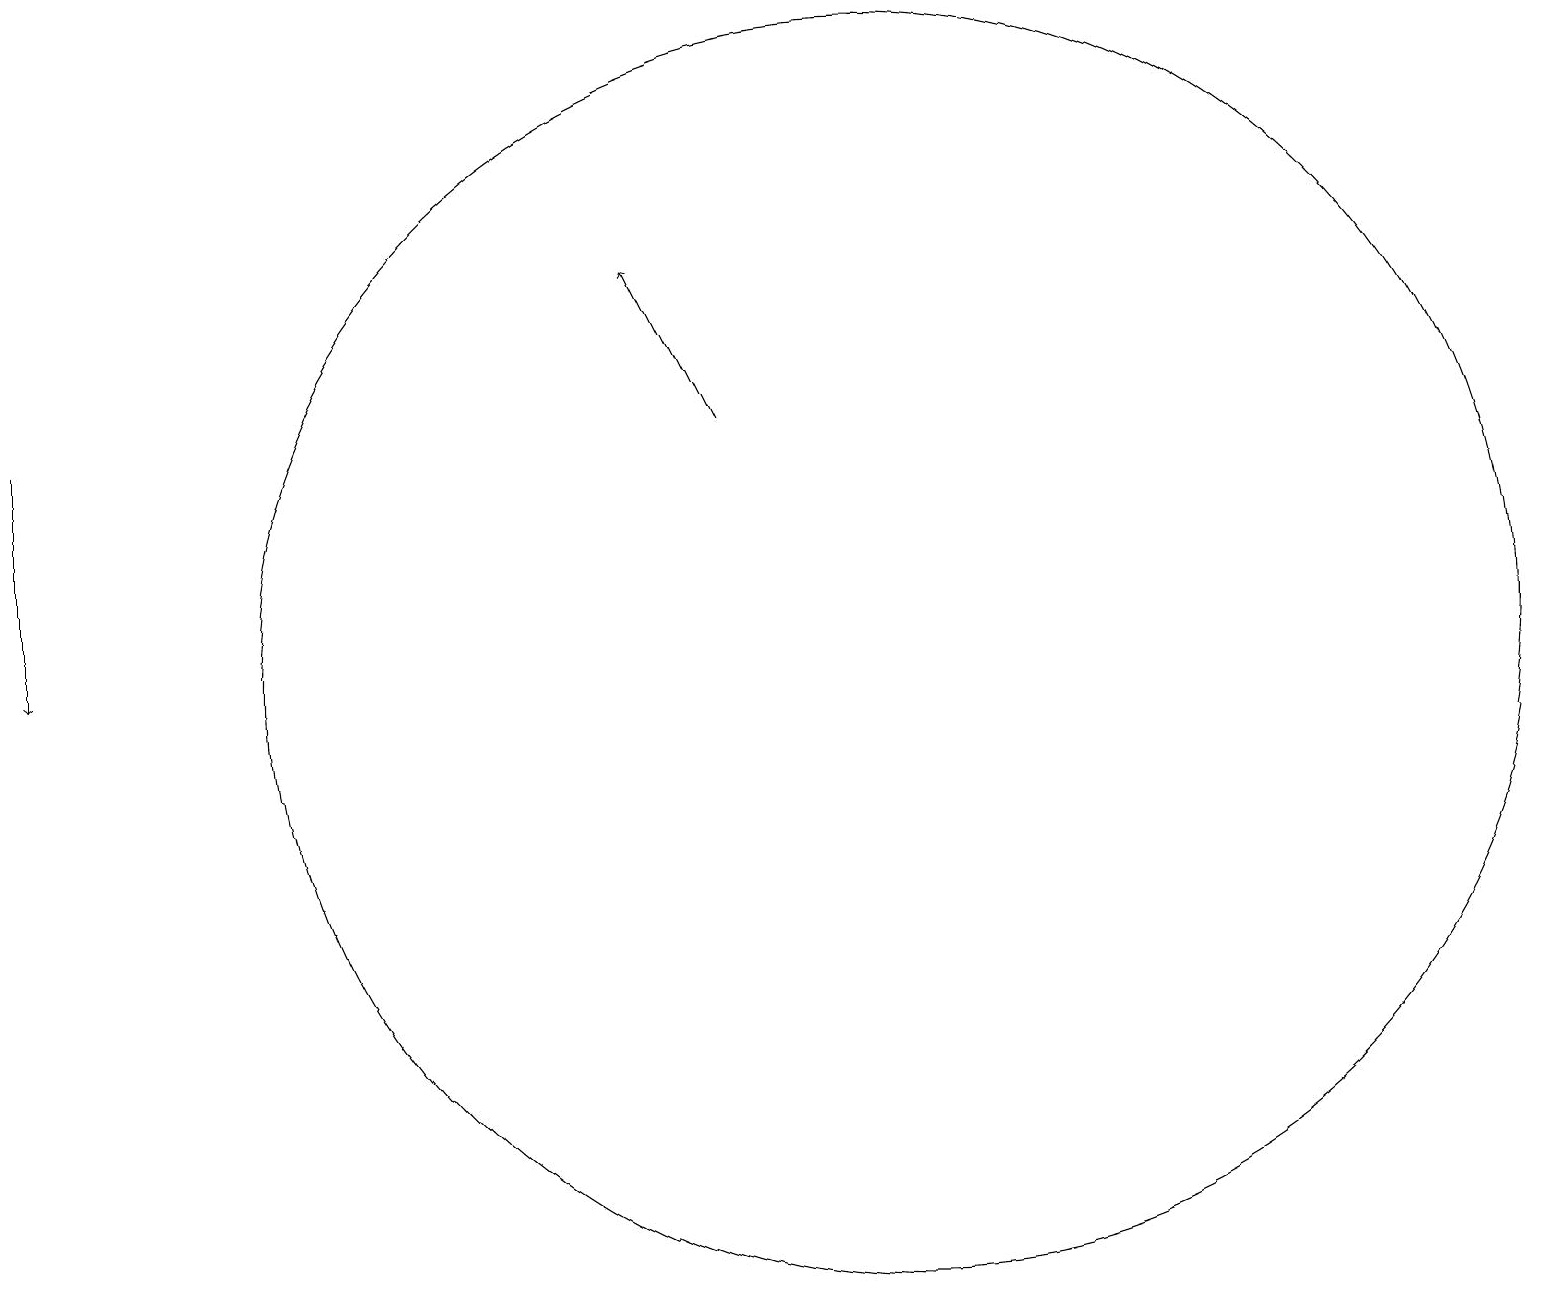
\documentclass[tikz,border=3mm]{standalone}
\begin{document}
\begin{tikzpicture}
\draw (11,11) circle (8);
\draw[->] (0,14) -- (0,11);
\draw[->] (9,14) -- (8,16);
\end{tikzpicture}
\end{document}